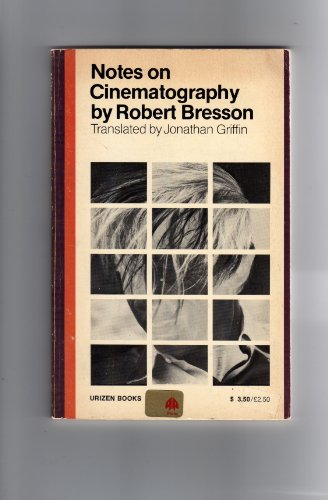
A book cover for Notes on Cinematography; R. Bresson; Arts & Photography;